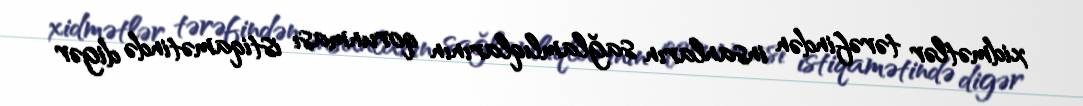
xidmətlər tərəfindən insanların sağlamlıqlarının qorunması istiqamətində digər